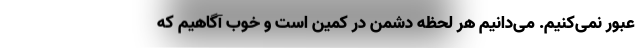
عبور نمی‌کنیم. می‌دانیم هر لحظه دشمن در کمین است و خوب آگاهیم که